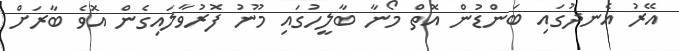
އޭރު އެނދުގައި ބަންޑުން އޮތް މޯނާ ބާލީހުގައި މޫނު ފޮރުވާލައިގެން އޮވެ ބާރަށް